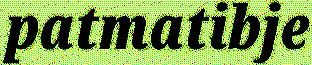
patmatibje